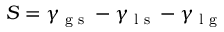
S = \gamma _ { \textrm { g s } } - \gamma _ { \textrm { l s } } - \gamma _ { \textrm { l g } }